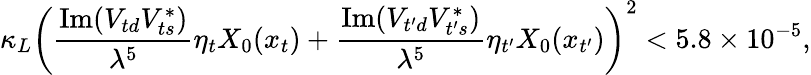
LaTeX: \kappa_{L}\left(\frac{\mathrm{Im}(V_{td}V_{ts}^{*})}{\lambda^{5}}\eta_{t}X_{0}(x_{t})+\frac{\mathrm{Im}(V_{t^{\prime}d}V_{t^{\prime}s}^{*})}{\lambda^{5}}\eta_{t^{\prime}}X_{0}(x_{t^{\prime}})\right)^{2}<5.8\times 10^{-5},